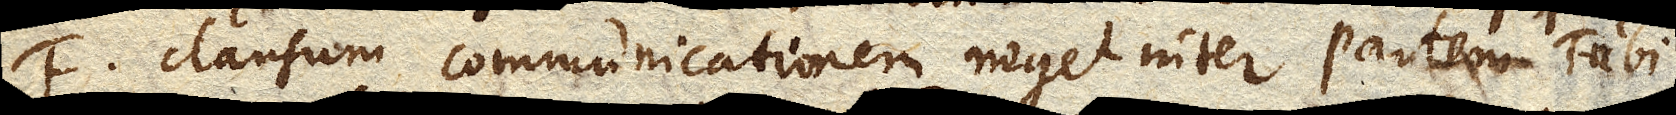
F clausum communicationem neget inter partem Tubi